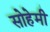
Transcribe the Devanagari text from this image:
सोहेमी